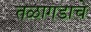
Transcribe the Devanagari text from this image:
तळागडाचे